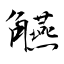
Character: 觾